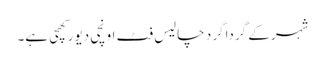
شہر کے گرداگر د چالیس فٹ اونچی دیور کھچی ہے۔